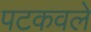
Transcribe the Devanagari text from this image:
पटकवले